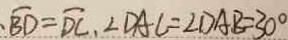
\overline { B D } = \widehat { D C } , \angle D A C = \angle D A B = 3 0 ^ { \circ }